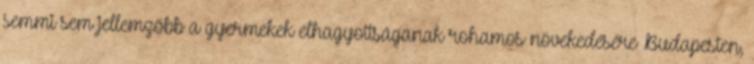
semmi sem jellemzőbb a gyermekek elhagyottságának rohamos növekedésére Budapesten,